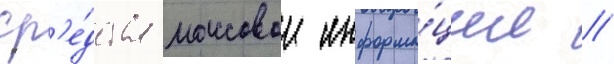
ср'е́дства массовои информа́ции //